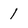
Character: 1